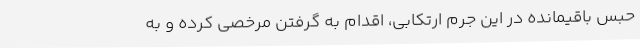
حبس باقیمانده در این جرم ارتکابی، اقدام به گرفتن مرخصی کرده و به